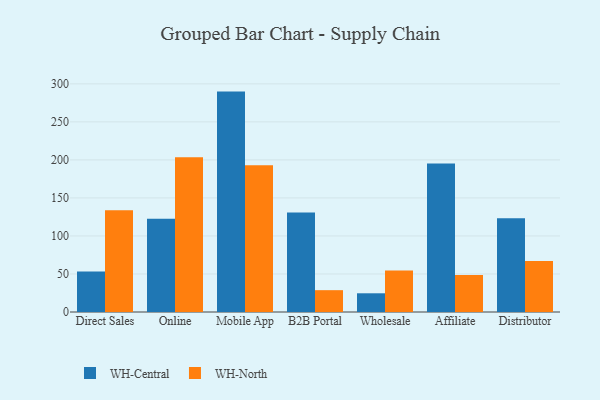
{"axis": {"x": "Channel", "y": "Headcount"}, "legend": ["WH-Central", "WH-North"], "data": [{"x": "Direct Sales", "y": 53.4, "type": "WH-Central"}, {"x": "Direct Sales", "y": 133.8, "type": "WH-North"}, {"x": "Online", "y": 122.5, "type": "WH-Central"}, {"x": "Online", "y": 203.4, "type": "WH-North"}, {"x": "Mobile App", "y": 289.8, "type": "WH-Central"}, {"x": "Mobile App", "y": 193.1, "type": "WH-North"}, {"x": "B2B Portal", "y": 130.7, "type": "WH-Central"}, {"x": "B2B Portal", "y": 28.7, "type": "WH-North"}, {"x": "Wholesale", "y": 24.6, "type": "WH-Central"}, {"x": "Wholesale", "y": 54.6, "type": "WH-North"}, {"x": "Affiliate", "y": 195.4, "type": "WH-Central"}, {"x": "Affiliate", "y": 48.5, "type": "WH-North"}, {"x": "Distributor", "y": 123.4, "type": "WH-Central"}, {"x": "Distributor", "y": 67.2, "type": "WH-North"}]}